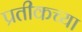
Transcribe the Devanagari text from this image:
प्रतीकच्या